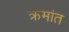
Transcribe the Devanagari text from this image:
क्रमांत